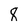
Character: 8